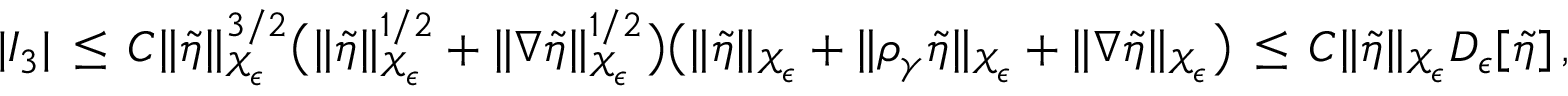
| I _ { 3 } | \, \le \, C \| \tilde { \eta } \| _ { \mathcal { X } _ { \epsilon } } ^ { 3 / 2 } \bigl ( \| \tilde { \eta } \| _ { \mathcal { X } _ { \epsilon } } ^ { 1 / 2 } + \| \nabla \tilde { \eta } \| _ { \mathcal { X } _ { \epsilon } } ^ { 1 / 2 } \bigr ) \bigl ( \| \tilde { \eta } \| _ { \mathcal { X } _ { \epsilon } } + \| \rho _ { \gamma } \tilde { \eta } \| _ { \mathcal { X } _ { \epsilon } } + \| \nabla \tilde { \eta } \| _ { \mathcal { X } _ { \epsilon } } \bigr ) \, \le \, C \| \tilde { \eta } \| _ { \mathcal { X } _ { \epsilon } } D _ { \epsilon } [ \tilde { \eta } ] \, ,